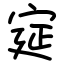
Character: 㝚